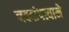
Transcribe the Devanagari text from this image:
नवदांपत्याने